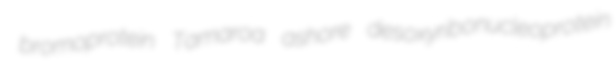
bromoprotein Tamaroa ashore desoxyribonucleoprotein